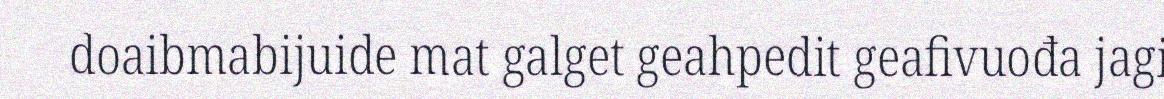
doaibmabijuide mat galget geahpedit geafivuođa jagi